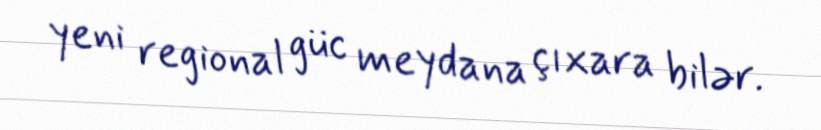
yeni regional güc meydana çıxara bilər.